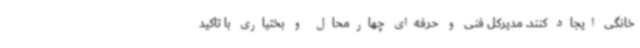
خانگی ایجاد کنند. مدیرکل فنی و حرفه‌ای چهارمحال و بختیاری با تاکید